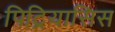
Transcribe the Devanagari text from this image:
पिट्रियासिस